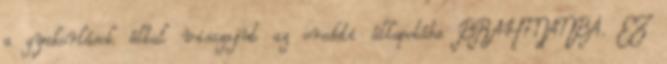
a gyakorlások által visszajut az eredeti állapotába BRAHMANBA. EZ